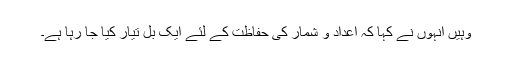
وہیں انہوں نے کہا کہ اعداد و شمار کی حفاظت کے لئے ایک بل تیار کیا جا رہا ہے۔